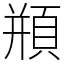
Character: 頩